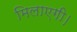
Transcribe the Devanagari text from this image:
मिलाएगी।